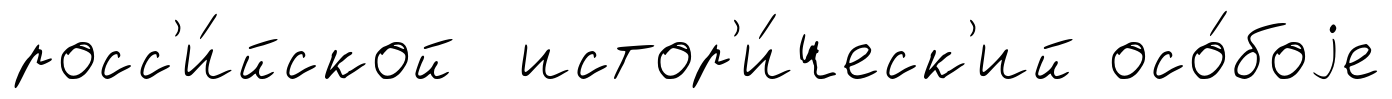
росс'и́йской истор'и́ческ'ий осо́боjе